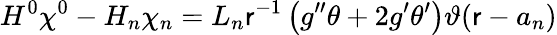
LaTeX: H^{0}\chi^{0}-H_{n}\chi_{n}=L_{n}\mathsf{r}^{-1}\left(g^{\prime\prime}\theta+2g^{\prime}\theta^{\prime}\right)\vartheta(\mathsf{r}-a_{n})